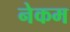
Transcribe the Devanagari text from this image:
नेकम